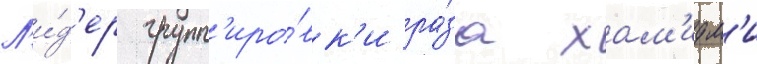
Л'и́д'ер групп'иро́вк'и ра́за хам'идм'и